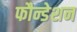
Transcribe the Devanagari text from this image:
फौन्डेशन